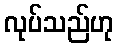
လုပ်သည်ဟု